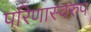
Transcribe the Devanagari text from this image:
परिणास्वरुप